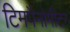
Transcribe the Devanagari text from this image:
टिमपैनोमीटर